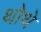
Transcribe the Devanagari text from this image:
थोथे